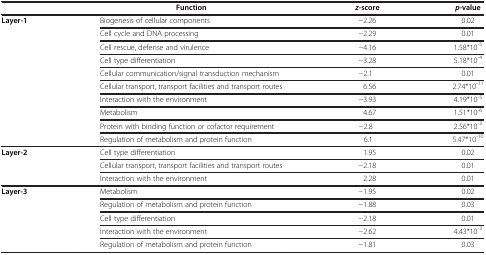
|  | Function | z -score | p -value |
 | --- | --- | --- | --- |
 | Layer-1 | Biogenesis of cellular components | −2.26 | 0.02 |
 |  | Cell cycle and DNA processing | −2.29 | 0.01 |
 |  | Cell rescue, defense and virulence | −4.16 | 1.58*10-5 |
 |  | Cell type differentiation | −3.28 | 5.18*10-4 |
 |  | Cellular communication/signal transduction mechanism | −2.1 | 0.01 |
 |  | Cellular transport, transport facilities and transport routes | 6.56 | 2.74*10-11 |
 |  | Interaction with the environment | −3.93 | 4.19*10-5 |
 |  | Metabolism | 4.67 | 1.51*10-6 |
 |  | Protein with binding function or cofactor requirement | −2.8 | 2.56*10-3 |
 |  | Regulation of metabolism and protein function | 6.1 | 5.47*10-10 |
 | Layer-2 | Cell type differentiation | 1.95 | 0.02 |
 |  | Cellular transport, transport facilities and transport routes | −2.18 | 0.01 |
 |  | Interaction with the environment | 2.28 | 0.01 |
 | Layer-3 | Metabolism | −1.95 | 0.02 |
 |  | Regulation of metabolism and protein function | −1.88 | 0.03 |
 |  | Cell type differentiation | −2.18 | 0.01 |
 |  | Interaction with the environment | −2.62 | 4.43*10-3 |
 |  | Regulation of metabolism and protein function | −1.81 | 0.03 |